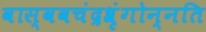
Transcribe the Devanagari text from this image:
वास्ववचंद्रश्रृंगोन्नति